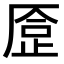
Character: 𠪈